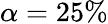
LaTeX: \alpha=25\%